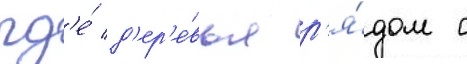
гд'е́ д'ер'е́вья р'я́дом с